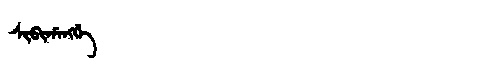
Manchu: ᠰᡳᠪᡳᡥᠠᠩᡤᡝ
Romanization: SIBIHANGGE